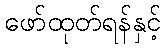
ဖော်ထုတ်ရန်နှင့်